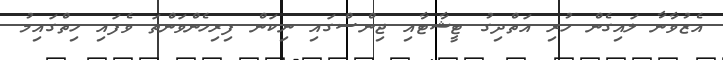
އެޒުވާނާ ލައިގެން ހުރި އަތްދިގު ޓީޝާޓާއި ޖިންސްގައި ނިކަން ފިރިހެންވަންތަ ވެފައި ހިތްގައިމު